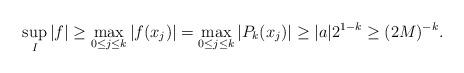
LaTeX: \begin{align*}\sup_I |f| &\ge \max_{0\le j\le k} |f(x_j)| =\max_{0\le j\le k} |P_k(x_j)|\ge |a| 2^{1-k}\ge (2M)^{-k}.\end{align*}